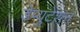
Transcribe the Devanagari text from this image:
डेप्युटेशन